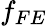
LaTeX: f_{FE}